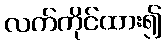
လက်ကိုင်ထား၍